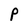
Character: P